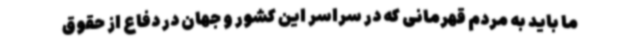
ما باید به مردم قهرمانی که در سراسر این کشور و جهان در دفاع از حقوق